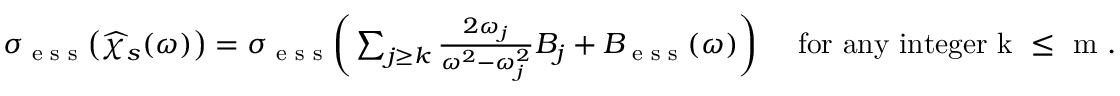
\begin{array} { r } { \sigma _ { \textnormal { e s s } } \bigr ( \widehat { \chi } _ { s } ( \omega ) \bigr ) = \sigma _ { \textnormal { e s s } } \biggr ( \sum _ { j \geq k } \frac { 2 \omega _ { j } } { \omega ^ { 2 } - \omega _ { j } ^ { 2 } } B _ { j } + B _ { \textnormal { e s s } } ( \omega ) \biggr ) \quad \mathrm { ~ f o r ~ a n y ~ i n t e g e r ~ k ~ \leq ~ m ~ . ~ } } \end{array}